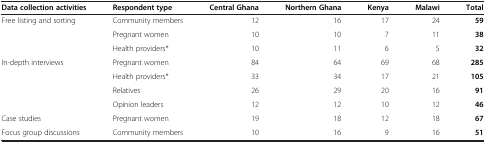
<table><thead><tr><td><b>Data collection activities</b></td><td><b>Respondent type</b></td><td><b>Central Ghana</b></td><td><b>Northern Ghana</b></td><td><b>Kenya</b></td><td><b>Malawi</b></td><td><b>Total</b></td></tr></thead><tbody><tr><td rowspan="3">Free listing and sorting</td><td>Community members</td><td>12</td><td>16</td><td>17</td><td>24</td><td><b>59</b></td></tr><tr><td>Pregnant women</td><td>10</td><td>10</td><td>7</td><td>11</td><td><b>38</b></td></tr><tr><td>Health providers*</td><td>10</td><td>11</td><td>6</td><td>5</td><td><b>32</b></td></tr><tr><td rowspan="4">In-depth interviews</td><td>Pregnant women</td><td>84</td><td>64</td><td>69</td><td>68</td><td><b>285</b></td></tr><tr><td>Health providers*</td><td>33</td><td>34</td><td>17</td><td>21</td><td><b>105</b></td></tr><tr><td>Relatives</td><td>26</td><td>29</td><td>20</td><td>16</td><td><b>91</b></td></tr><tr><td>Opinion leaders</td><td>12</td><td>12</td><td>10</td><td>12</td><td><b>46</b></td></tr><tr><td>Case studies</td><td>Pregnant women</td><td>19</td><td>18</td><td>12</td><td>18</td><td><b>67</b></td></tr><tr><td>Focus group discussions</td><td>Community members</td><td>10</td><td>16</td><td>9</td><td>16</td><td><b>51</b></td></tr></tbody></table>